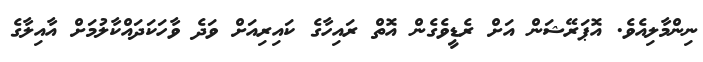
ނިންމާލިއެވެ. އޮޕަރޭޝަން އަށް ރެޑީވެގެން އޮތް ރައިހާގެ ކައިރިއަށް ވަދެ ވާހަކަދައްކާލުމަށް އާއިލާގެ